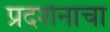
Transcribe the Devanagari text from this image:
प्रदर्शनाचा